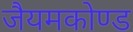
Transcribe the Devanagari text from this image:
जैयमकोण्ड